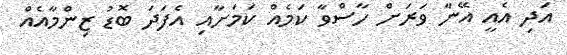
އަދި އެއީ އޭނާ ވަރަށް ހާސްވާ ކަމެއް ކަމަށާއި އެފަދަ ބޮޑު ޒިންމާއެއް